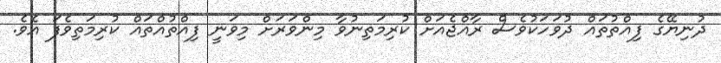
ދުނިޔޭގެ ފިއްތުތައް ދުވަހަކުވެސް ރާއްޖެއަށް ކުރިމަތިނުވާ މިންވަރަށް މިވަނީ ފިއްތުއްތައް ކުރިމަތިވެފަ އެވެ.